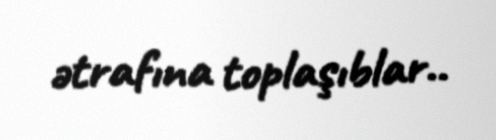
ətrafına toplaşıblar..